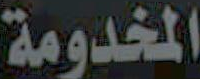
المخدومة